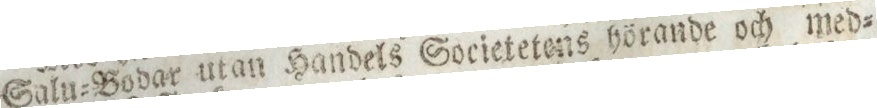
Salu=Bodar utan Handels Societetens hörande och med=